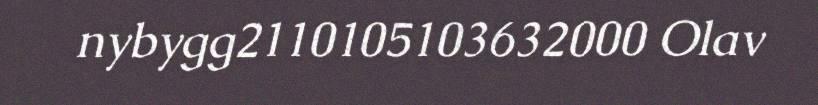
nybygg2110105103632000 Olav